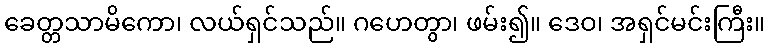
ခေတ္တသာမိကော၊ လယ်ရှင်သည်။ ဂဟေတွာ၊ ဖမ်း၍။ ဒေဝ၊ အရှင်မင်းကြီး။